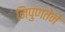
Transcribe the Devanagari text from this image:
निपुणतेने